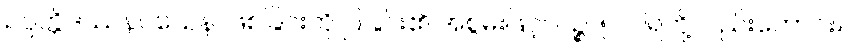
ဥပ္ပတ္တိဒဿနဝသေန၊ ဖြစ်ခြင်းကို ပြခြင်း၏ အစွမ်းဖြင့်။ ပဉ္စ၊ ၅၊ ဝါရတို့လည်းကောင်း။